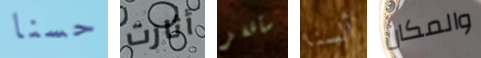
حسنا أثارت سأقفز ألسنا والمكان